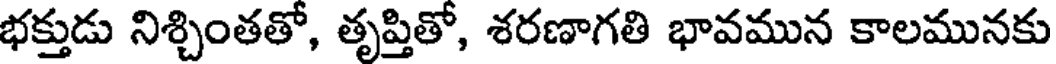
భక్తుడు నిశ్చింతతో, తృప్తితో, శరణాగతి భావమున కాలమునకు